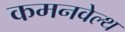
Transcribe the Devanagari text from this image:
कमनवेल्थ